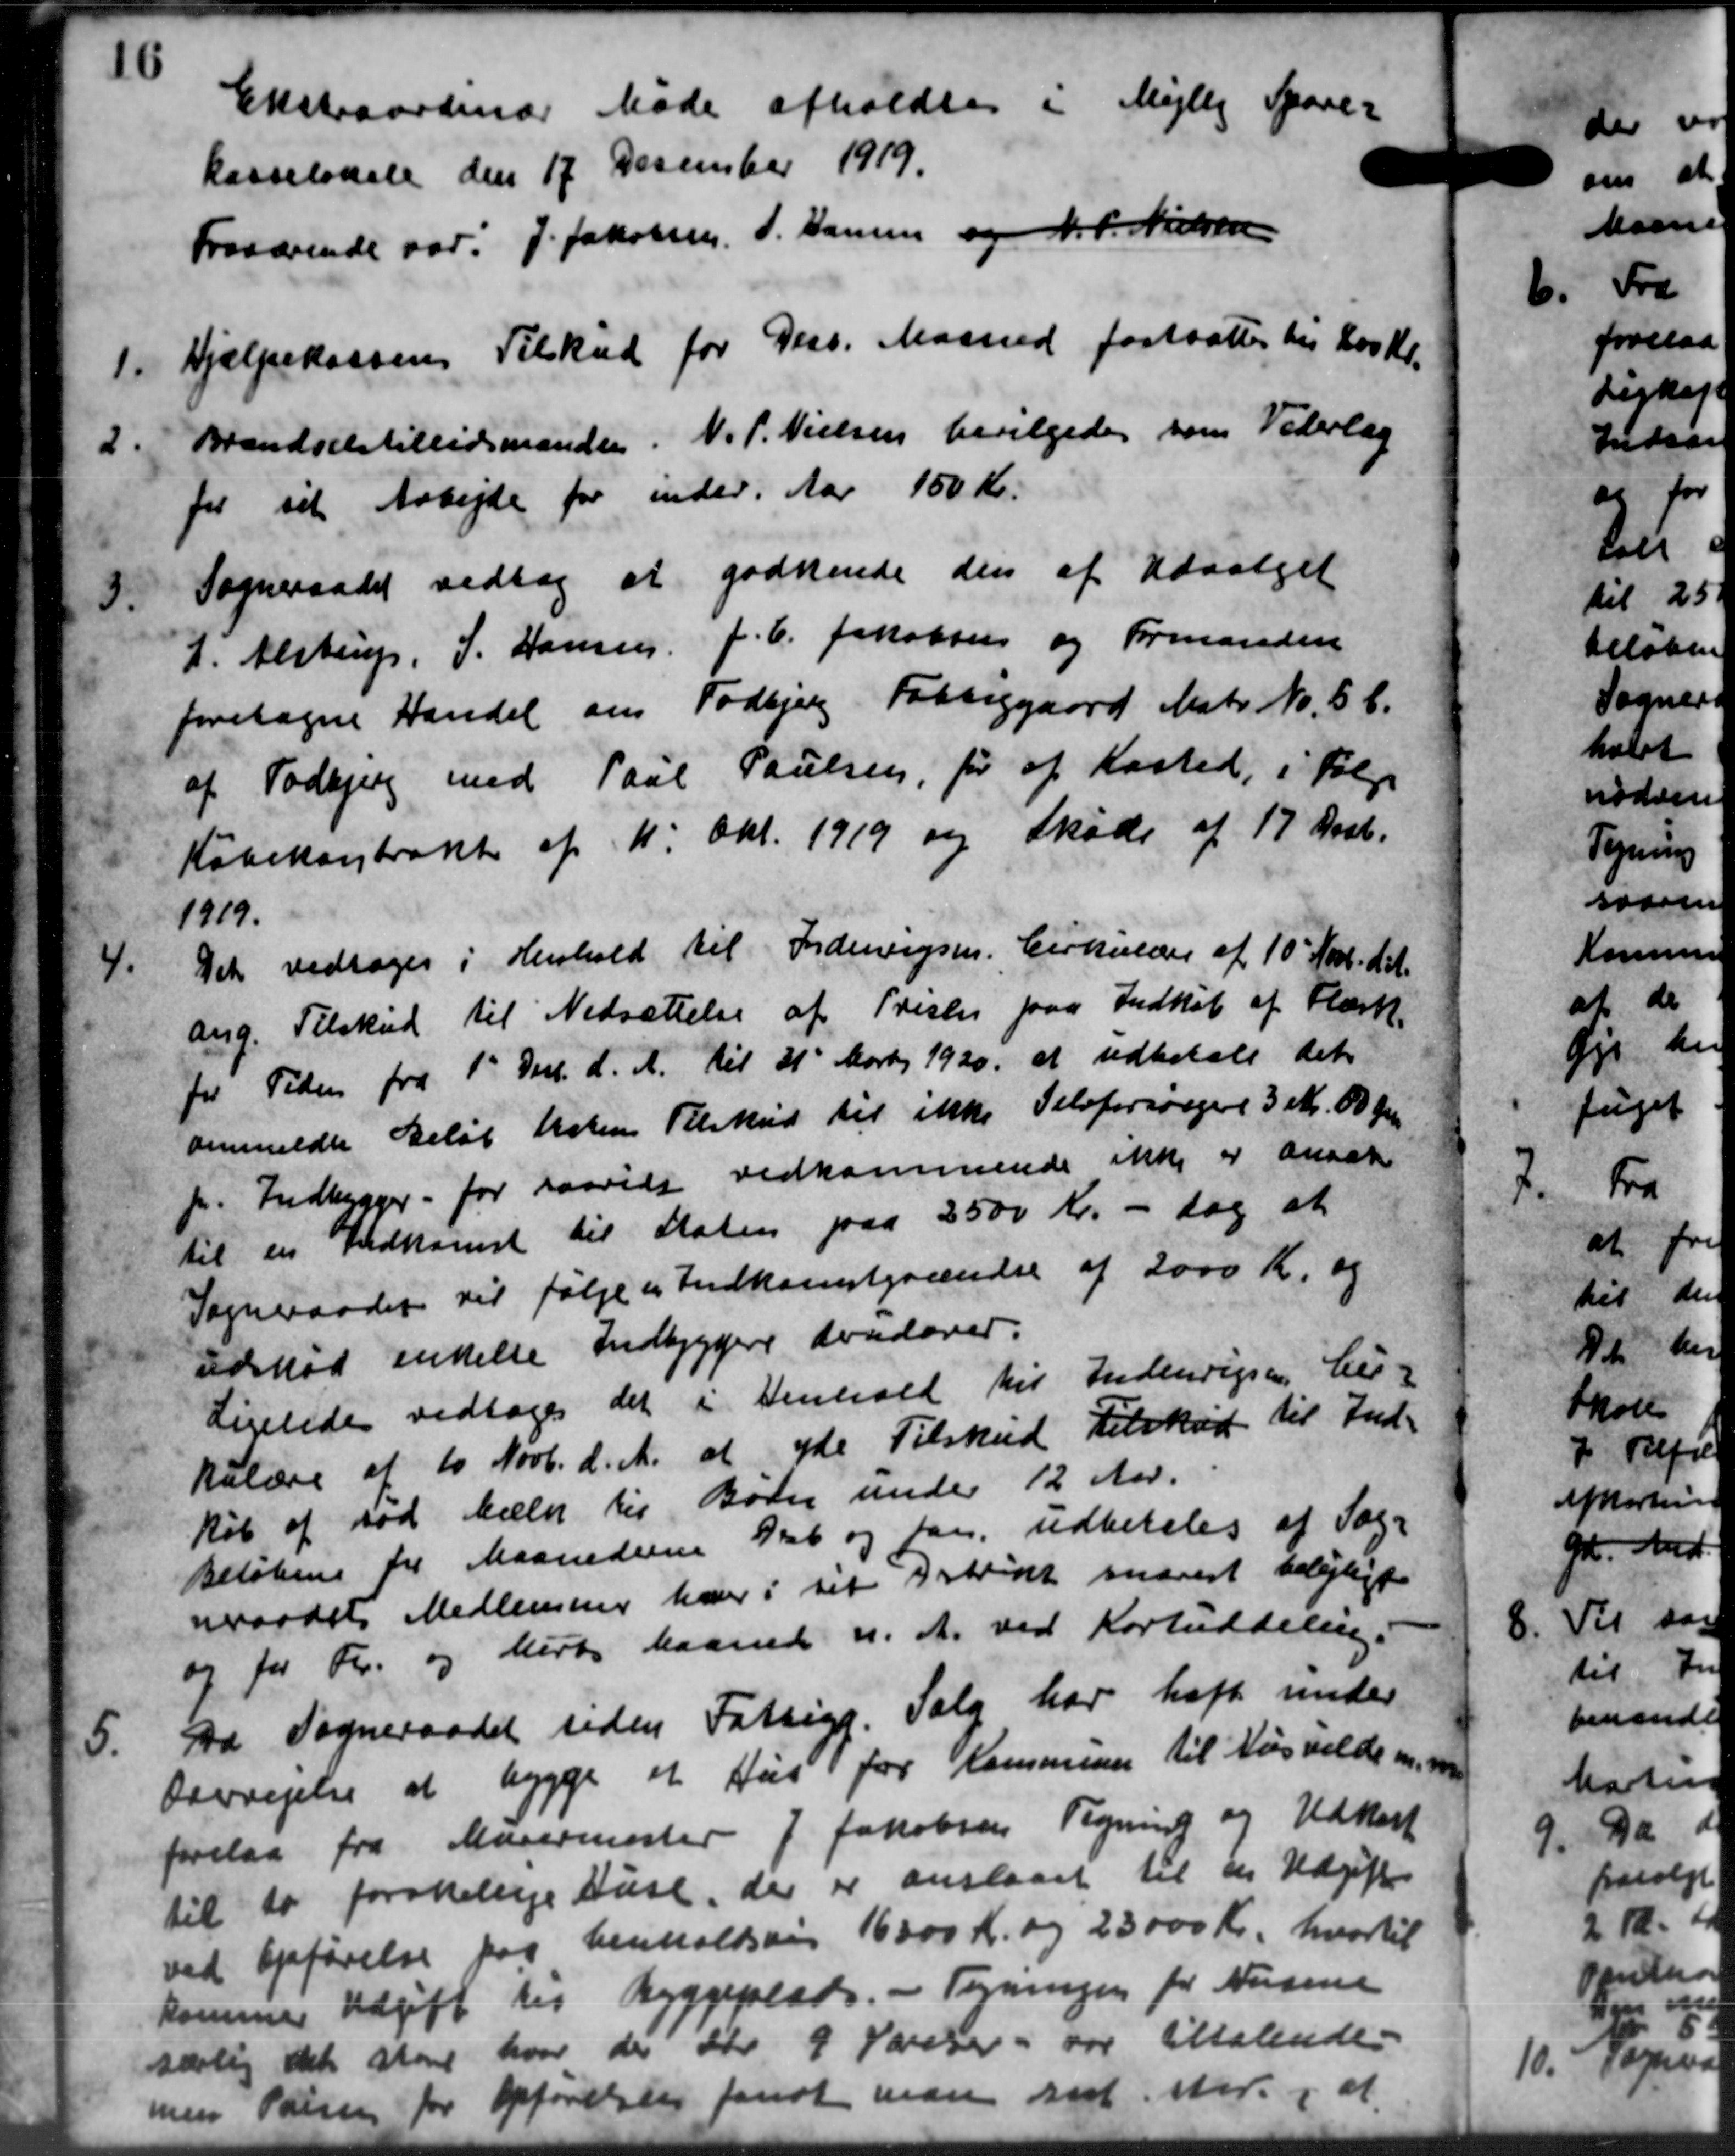
Transskription:
Ekstraordinær Møde afholdtes i Mejlby Spare-
kasselokale den 17 December 1919.
Fraværende var: J. Jakobsen, P. Hansen og N. P. Nielsen
1.
Hjælpekassens Tilskud for Dess. Maaned fastsættes til 200 Kr.
2.
Brændselstillidsmanden. N. P. Nielsen bevilgedes som Vederlag
for sit Arbejde for inder. Aar 150 Kr.
3.
Sogneraadet vedtog at godkende den af Udvalget
J. Alstrup, S. Hansen, J. C. Jakobsen og Formanden
foretagne Handel om Todbjerg Fattiggaard Matr. Nr. 56.
af Todbjerg med Poul Poulsen, for af Kasted, i Følge
Købekonstrakt af 11' Okt. 1919 og Skøde af 17 Decb.
1919.
4.
Det vedtoges i Henhold til Indenrigsm. Cirkulære af 10´ Nov. d. A.
ang. Tilskud til Nedsættelse af Prisen paa Indkøb af Flæsk.
for Tiden fra 1' Decb. d. A. til 31' Marts 1920 at udbetale det
anmeldte Beløb holen Tilskud til ikke Selvforsørger 3 Kr. 00 Øre
h. Indkerager for saavidt vedkommende ikke er ansæt
til en Indkomst til Staten paa 2500 Kr. - dog at
Sogneraadet til følge en Indkomstgrændse af 2000 Kr. og
udkød enkelte Indbyggere dvurderer.
Ligeledes vedtoges det i Henhold til Indenrigsen her-
kulære af 10 Novb. d. A. at yde Tilskud tilskud til Ind-
Køb af sød Mælk til Bøder under 12 Aar.
Beløbene for Maanederne 16 og faa udbetales af Sog-
neraadets Medlemmer hver i sit Astridt snarest belejligt
og for Kr. og Mørke Maanede d. A. ved Kortuddeling.
5.
Da Sogneraadet siden Fattigg. Salg har haft under
Ovevejelse at bygge et Hus for Kommunen til Husvilde m.m
forelaa fra Murermester J Jakobsen Tegning og Udkast
til to forskelige Huse, der er anslaaet til en Udgift
ved Opførelse paa henholdsving 16000 Kr. og 23000 Kr. hvortil
kommer Udgift til Byggeplads. - Tegningen for Nusene
særlig det store hvor der der 9 Foreser var tiltalende.
men Parsen for Opførelsen fandt man sidster, at